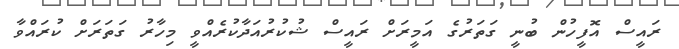
ރައީސް އޮފީހުން ބުނީ ގަތަރުގެ އަމީރަށް ރައީސް ޝުކުރުއަދާކުރެއްވީ މިހާރު ގަތަރަށް ކުރައްވާ